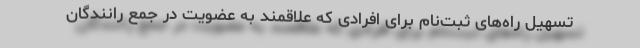
تسهیل راه‌های ثبت‌نام برای افرادی که علاقمند به عضویت در جمع رانندگان